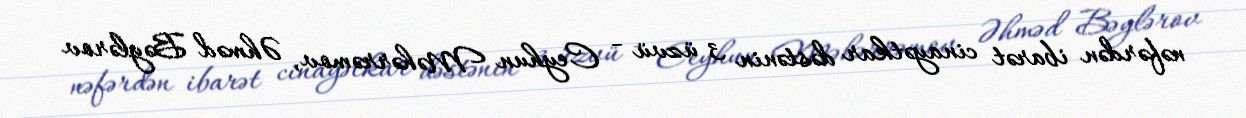
nəfərdən ibarət cinayətkar dəstənin 3 üzvü - Ceyhun Məhərrəmov, Əhməd Bəylərov